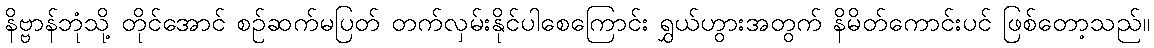
နိဗ္ဗာန်ဘုံသို့ တိုင်အောင် စဉ်ဆက်မပြတ် တက်လှမ်းနိုင်ပါစေကြောင်း ရွှယ်ဟွားအတွက် နိမိတ်ကောင်းပင် ဖြစ်တော့သည်။